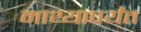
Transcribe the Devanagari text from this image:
माथ्यापर्यंत